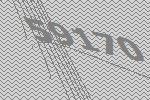
59170